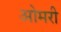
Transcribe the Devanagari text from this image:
ओमरी